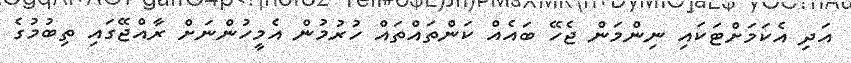
އަދި އެކަމަށްޓަކައި ނިންމަން ޖެހޭ ބައެއް ކަންތައްތައް ހުރުމުން އެމީހުންނަށް ރާއްޖޭގައި ތިބުމުގެ